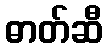
ဓာတ်ဆီ